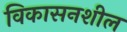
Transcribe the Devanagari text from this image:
विकासनशील